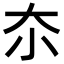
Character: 夵